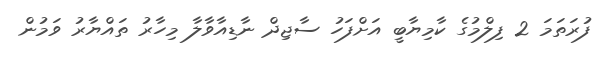
ފުރަތަމަ 2 ފިލްމުގެ ކާމިޔާބީ އަށްފަހު ސާޖިދް ނާޑިއާވާލާ މިހާރު ތައްޔާރު ވަމުން